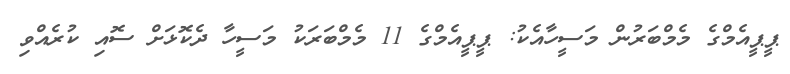
ޕީޕީއެމްގެ މެމްބަރުން މަސީހާއެކު: ޕީޕީއެމްގެ 11 މެމްބަރަކު މަސީހާ ދެކޮޅަށް ސޮއި ކުރެއްވި